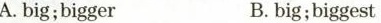
A.big;bigger B.big;biggest